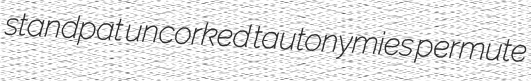
standpat uncorked tautonymies permute